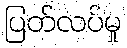
ပြတ်လပ်မှု